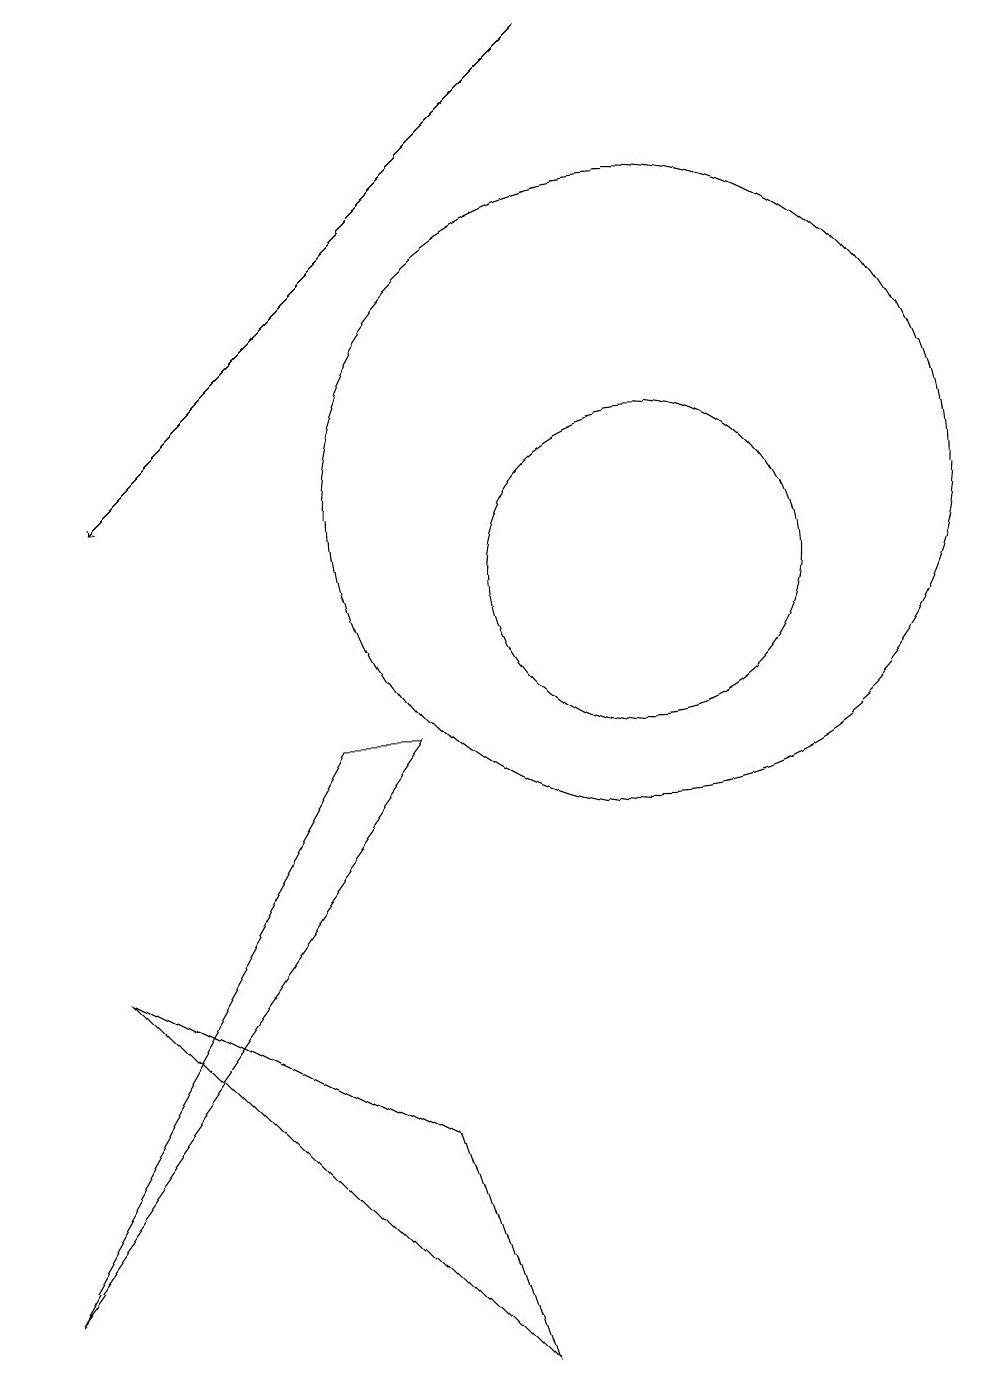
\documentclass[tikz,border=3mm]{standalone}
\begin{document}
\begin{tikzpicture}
\draw (10,12) circle (4);
\draw[->] (9,18) -- (3,12);
\draw (2,2) -- (7,9) -- (6,9) -- cycle;
\draw (3,6) -- (7,4) -- (8,1) -- cycle;
\draw (10,11) circle (2);
\draw (11,11) circle (0);
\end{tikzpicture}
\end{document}